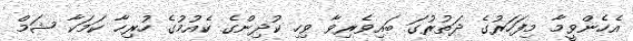
އެހެންވީމާ މިފަހަރުގެ ދަތުރުގަ ބައިވެރިވާ ވިހި ކުދިންގެ ކެއުމުގެ ހުރިހާ ކަމަކާ ޝަމް